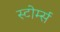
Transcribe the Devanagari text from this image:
स्टोर्म्स